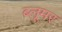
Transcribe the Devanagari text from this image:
ब्लूमर